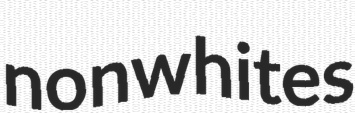
nonwhites